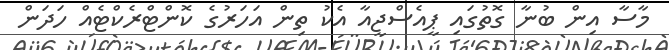
މާސާ އިން ބުނާ ގޮތުގައި ޕީއެސްޖީއާ އެކު ތިން އަހަރުގެ ކޮންޓްރެކްޓެއް ހަދަން